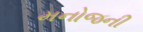
મનોજની